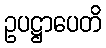
ဥပဋ္ဌာပေတိ